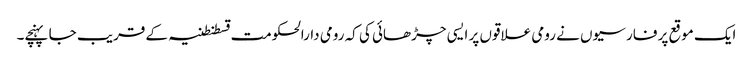
ایک موقع پر فارسیوں نے رومی علاقوں پر ایسی چڑھائی کی کہ رومی دارالحکومت قسطنطنیہ کے قریب جا پہنچے۔